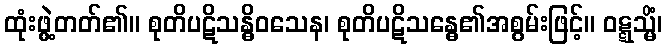
ထုံးဖွဲ့တတ်၏။ စုတိပဋိသန္ဓိဝသေန၊ စုတိပဋိသန္ဓေ၏အစွမ်းဖြင့်။ ဝဋ္ဋသ္မိံ၊